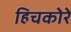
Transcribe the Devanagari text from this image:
हिचकोरे